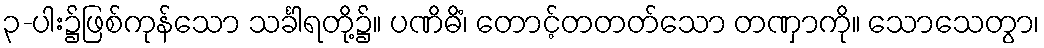
၃-ပါး၌ဖြစ်ကုန်သော သင်္ခါရတို့၌။ ပဏိဓိံ၊ တောင့်တတတ်သော တဏှာကို။ သောသေတွာ၊